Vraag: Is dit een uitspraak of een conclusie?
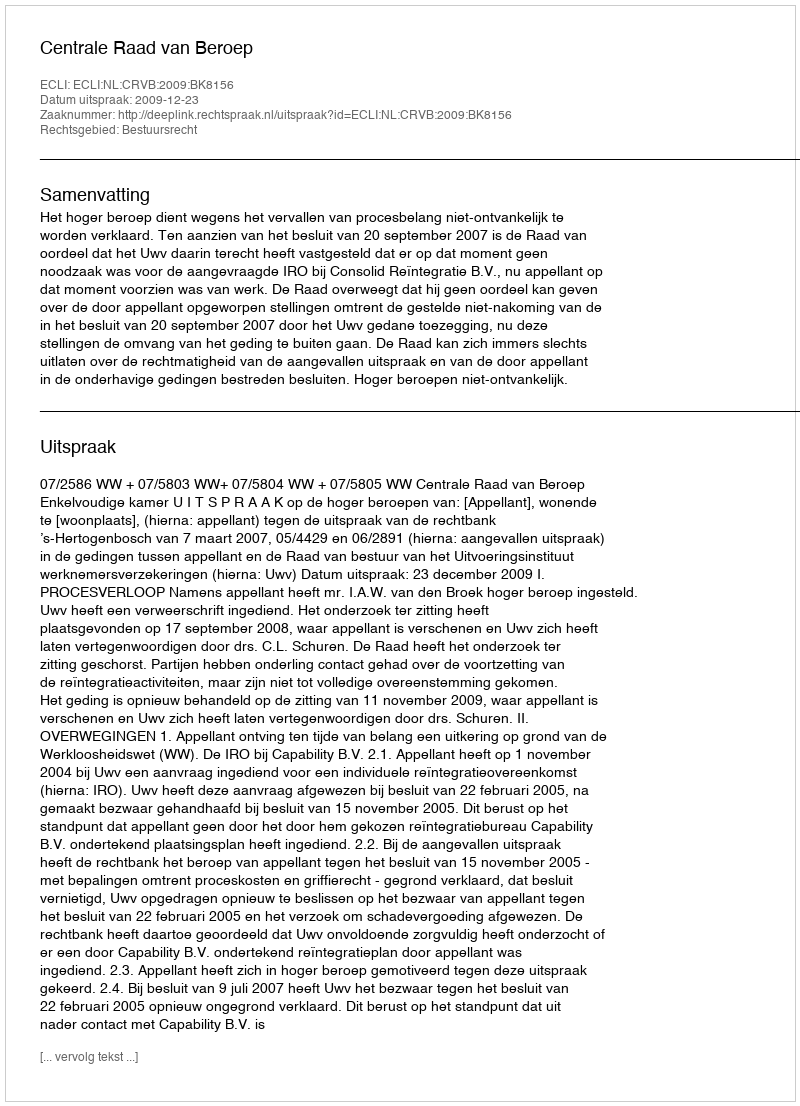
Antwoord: Uitspraak